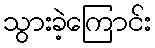
သွားခဲ့ကြောင်း